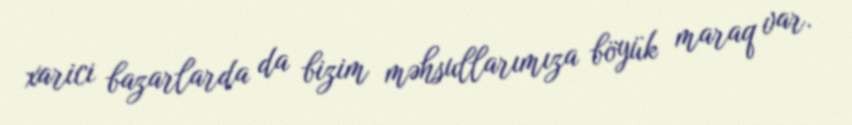
xarici bazarlarda da bizim məhsullarımıza böyük maraq var.